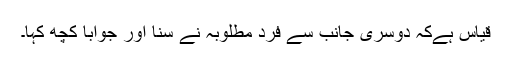
قیاس ہےکہ دوسری جانب سے فردِ مطلوبہ نے سنا اور جواباً کچھ کہا۔